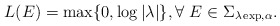
\begin{align*}L(E)=\max\{0,\log |\lambda|\}, \forall \ E\in \Sigma_{\lambda \exp,\alpha}.\end{align*}